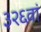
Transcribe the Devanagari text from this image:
३२६वां